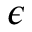
\epsilon